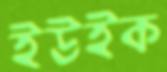
ইউইক